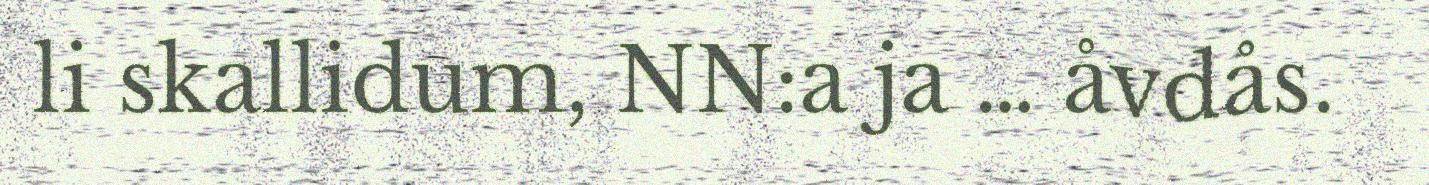
li skallidum, NN:a ja … åvdås.